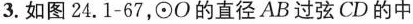
3.如图24.1-67，\odot O的直径AB过弦CD的中